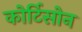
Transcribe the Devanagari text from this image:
कोर्टिसोन